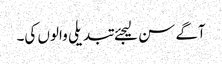
آگے سن لیجئے تبدیلی والوں کی۔